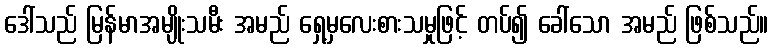
ဒေါ်သည် မြန်မာအမျိုးသမီး အမည် ရှေ့မှလေးစားသမှုဖြင့် တပ်၍ ခေါ်သော အမည် ဖြစ်သည်။